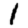
Digit: 1